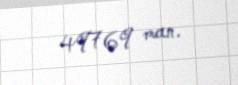
49769 man.